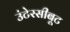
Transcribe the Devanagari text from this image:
उंटेरसीबूट